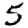
Digit: 5